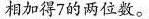
相加得7的两位数。